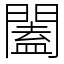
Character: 闔